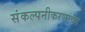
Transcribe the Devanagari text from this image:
संकल्पनीकरणाच्या